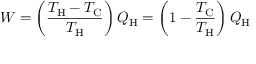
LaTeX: W = \left( { \frac { T _ { \mathrm { H } } - T _ { \mathrm { C } } } { T _ { \mathrm { H } } } } \right) Q _ { \mathrm { H } } = \left( 1 - { \frac { T _ { \mathrm { C } } } { T _ { \mathrm { H } } } } \right) Q _ { \mathrm { H } }